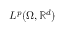
L ^ { p } ( \Omega , \mathbb { R } ^ { d } )